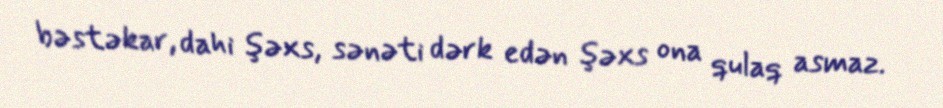
bəstəkar, dahi şəxs, sənəti dərk edən şəxs ona qulaq asmaz.